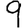
Digit: 9